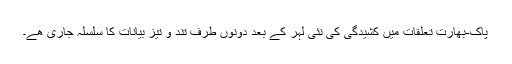
پاک-بھارت تعلقات میں کشیدگی کی نئی لہر کے بعد دونوں طرف تند و تیز بیانات کا سلسلہ جاری ھے۔